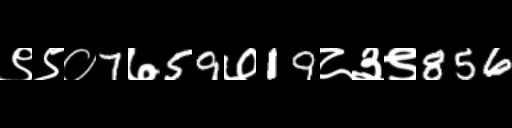
Text: ९९०7७59७19८३९856